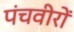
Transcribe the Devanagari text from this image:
पंचवीरों